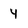
Character: 4